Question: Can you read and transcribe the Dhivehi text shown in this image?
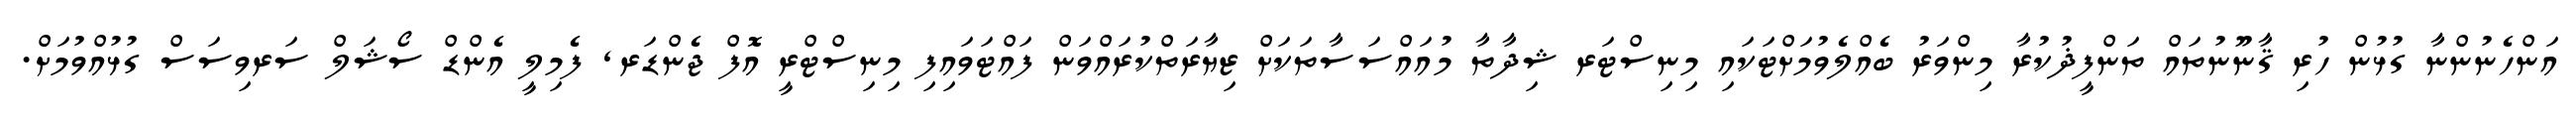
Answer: އަންހެނުންނާ ގުޅުން ހުރި ޤާނޫނުތައް ތަންފީޛުކުރާ މިންވަރު ބެއްލެވުމަށްޓަކައި މިނިސްޓަރ ޝިދާތާ މުއައްސަސާތަކަށް ޒިޔާރަތްކުރައްވަން ފައްޓަވައިފި މިނިސްޓްރީ އޮފް ޖެންޑަރ, ފެމިލީ އެންޑް ސޯޝަލް ސަރވިސަސް ގުޅުއްވުމަށް.